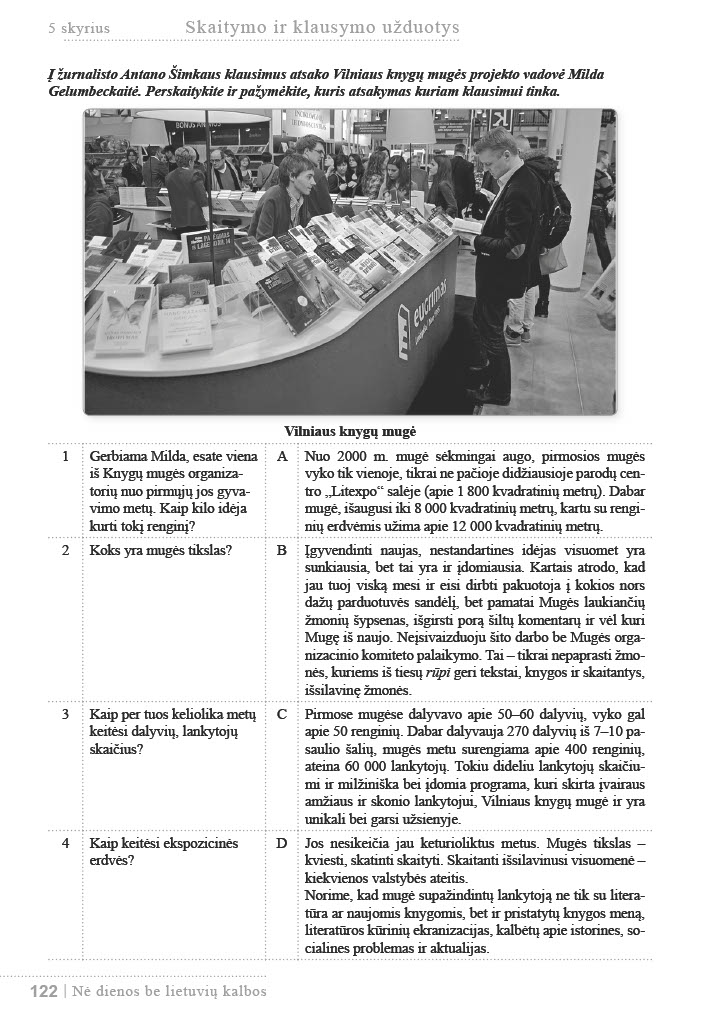
Language: lt